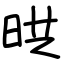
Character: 晎